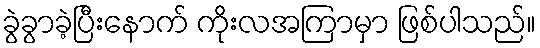
ခွဲခွာခဲ့ပြီးနောက် ကိုးလအကြာမှာ ဖြစ်ပါသည်။